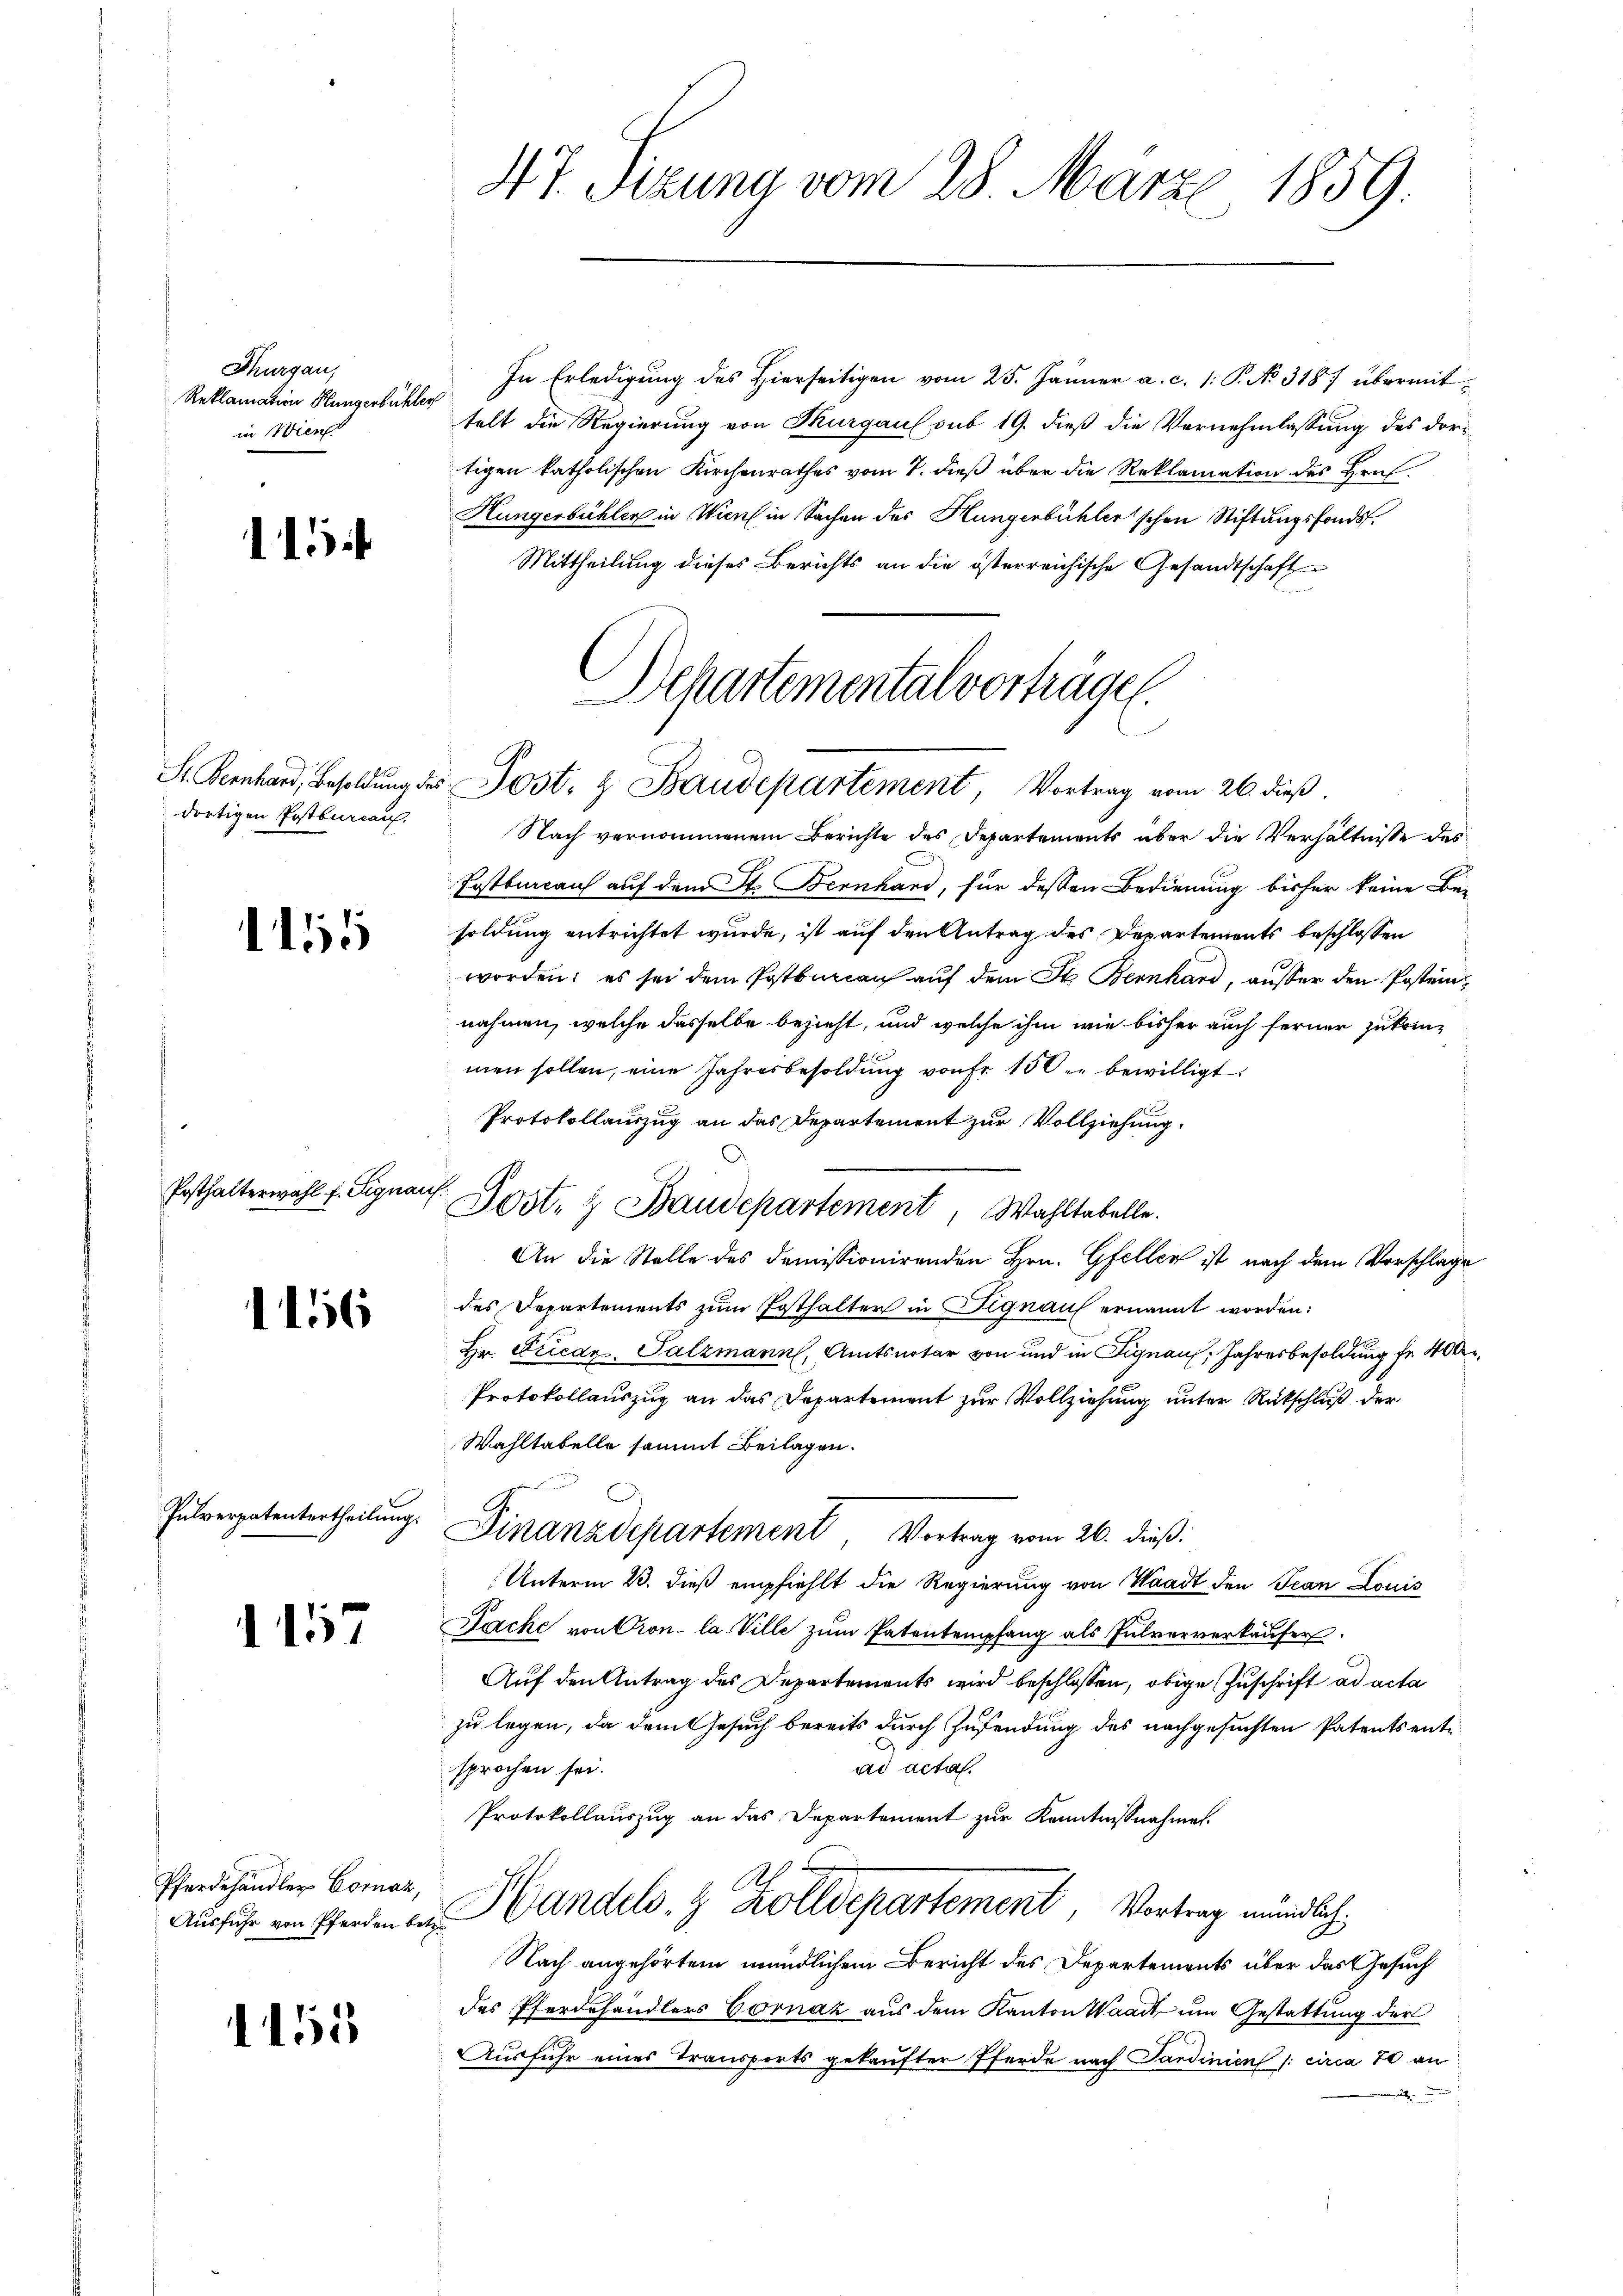
Thurgau,
Reklamation Hungerbüchler
in Wien

115

dortigen Postbureau,

115

Posthalterwahl f. Signau.

56

Pulverpatentertheilung.

1157

Pferdehändler Cornak,

5

47. Sizung vom 28. Märze, 1859

In Erledigung des hierseitigen vom 25. Jänner a. c. 1: P. No 3187 übermittelt die Regierung von Thurgau sub 19. dieß die Vernehmlassung des dortigen katholischen Kirchenrathes vom 7. dieß über die Reklamation des Hrn.
Hungerbühler in Wien in Sachen des Hungenbühler'schen Stiftungsfonds.
Mittheilung dieses Berichts an die österreichische Gesandtschaft
Nach vernommenem Berichte des Departements über die Verhältnisse des
Fostbureau auf dem St. Bernhand, für dessen Bedienung bisher keine Be-
soldung entrichtet wurde, ist auf den Antrag des Departements beschlossen
worden; es sei dem Postbureau auf dem St. Bernhard, ausser den Posteinnahmen, welche dasselbe bezieht, und welche ihm wie bisher auch ferner zukom-
men sollen, eine Jahresbesoldung von Fr. 150. bewilligt.
Protokollauszug an das Departement zur Vollziehung.
Post- & Baudepartement, Wahltabelle.
An die Stelle des domissionirenden Hrn. Gfellen ist nach dem Vorschlage
des Departements zum Posthalter in Signau ernannt worden:
Hr. Friedr. Salzmann, Amtsarter von und in Signau, Jahresbesoldung fr. 400
Protokollauszug an das Departement zur Vollziehung unter Rückschluß der
Wahltabelle sammt Beilagen.
Finanzdepartement Vortrag vom 26. dieß:
Unterm 23. dieß empfiehlt die Regierung von Waadt den Jean Louis
Fache von Pron- la Ville zum Patentempfang als Pulververkäufer.
Auf den Antrag des Departements wird beschlossen, obige Zuschrift ad acta
zu legen, da dem Gesuch bereits durch Zusendung des nachgesuchten Patentsentsprochen sei.
ad acta.
Protokollauszug an das Departement zur Kenntnisnahmen.
A
Ausführ von Pferden an Handels- & Zolldepartement, Vortrag mündlich
Nach angehörtem mündlichem Bericht des Departements über das Gesuch
des Pferdehändlers Gornáz aus dem Kanton Waadt um Gestattung der
Ausfuhr eines Transports gekaufter Pferde nach Sardinien /: circa 70 an
.

Departemental vorträgen
S. Bernhard, Besoldung des Post- & Baudepartement, Vortrag vom 26. dieß.